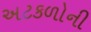
અટકળોની